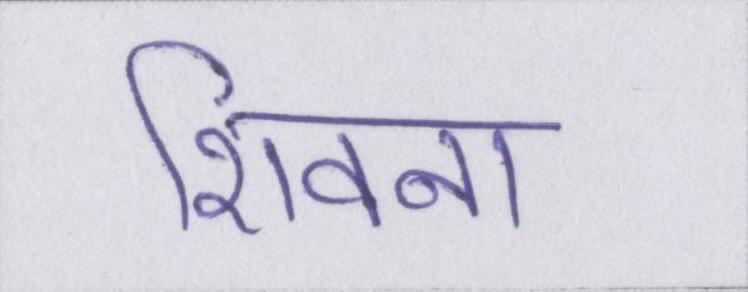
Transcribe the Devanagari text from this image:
शिवना